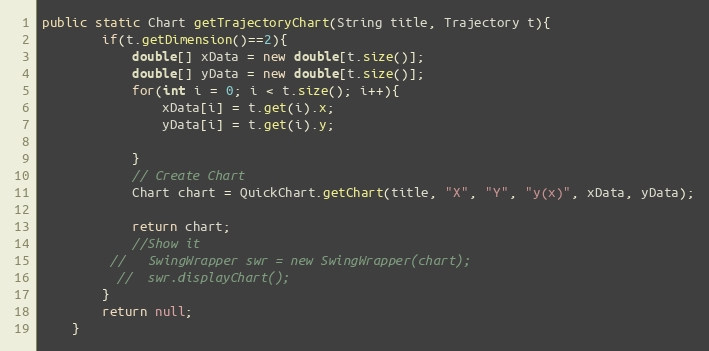
Language: Java
public static Chart getTrajectoryChart(String title, Trajectory t){
		if(t.getDimension()==2){
		 	double[] xData = new double[t.size()];
		    double[] yData = new double[t.size()];
		    for(int i = 0; i < t.size(); i++){
		    	xData[i] = t.get(i).x;
		    	yData[i] = t.get(i).y;

		    }
		    // Create Chart
		    Chart chart = QuickChart.getChart(title, "X", "Y", "y(x)", xData, yData);

		    return chart;
		    //Show it
		 //   SwingWrapper swr = new SwingWrapper(chart);
		  //  swr.displayChart();
		}
		return null;
	}